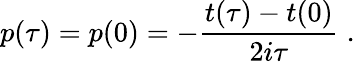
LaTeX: p(\tau)=p(0)=-{\frac{t(\tau)-t(0)}{2i\tau}}\; .